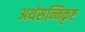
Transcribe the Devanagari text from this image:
अर्थसन्निकृष्ट